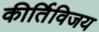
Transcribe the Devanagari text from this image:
कीर्तिविजय